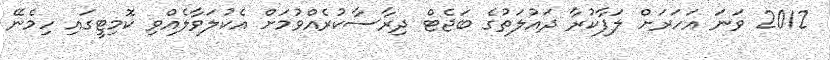
2012 ވަނަ އަހަރަށް ލަފާކުރާ ދައުލަތުގެ ބަޖެޓް ދިރާސާކުރެއްވުމަށް އެކުލަވާލެއްވި ކޮމިޓީގައި ހިމެނޭ